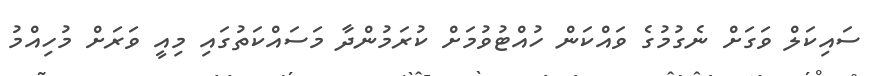
ސައިކަލް ވަގަށް ނެގުމުގެ ވައްކަން ހުއްޓުވުމަށް ކުރަމުންދާ މަސައްކަތުގައި މިއީ ވަރަށް މުހިއްމު